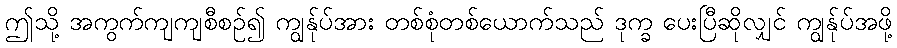
ဤသို့ အကွက်ကျကျစီစဉ်၍ ကျွန်ုပ်အား တစ်စုံတစ်ယောက်သည် ဒုက္ခ ပေးပြီဆိုလျှင် ကျွန်ုပ်အဖို့